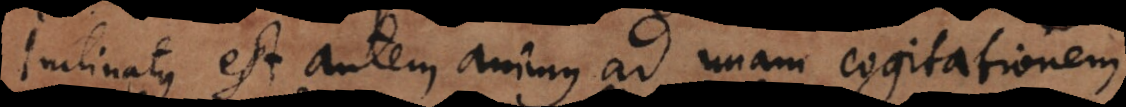
Inclinatus est autem animus ad unam cogitationem